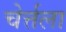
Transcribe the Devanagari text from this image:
चेर्त्तला